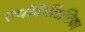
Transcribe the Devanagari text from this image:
एपोकैलिप्टिका